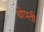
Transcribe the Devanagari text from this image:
थोपती